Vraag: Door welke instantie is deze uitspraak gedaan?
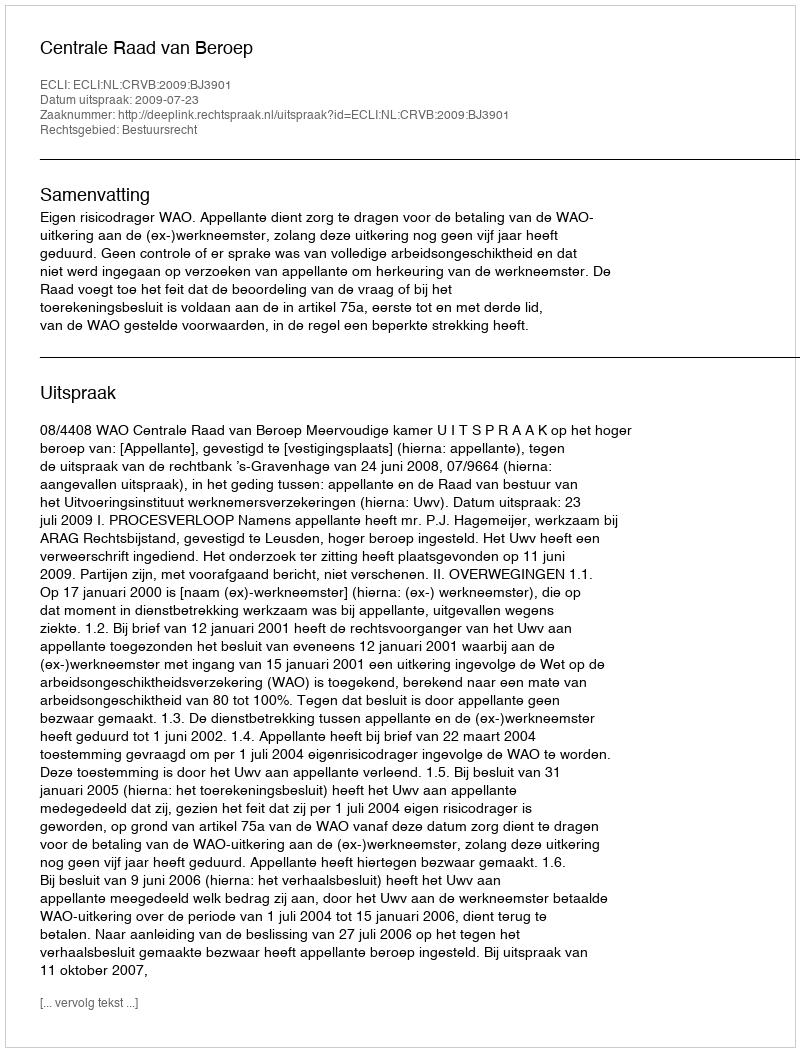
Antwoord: Centrale Raad van Beroep